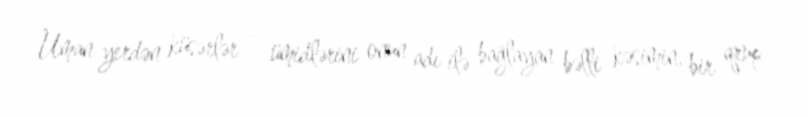
Uman yerdən küsərlər – ümidlərini onun adı ilə bağlayan bəlli kəsimin, bir qrup